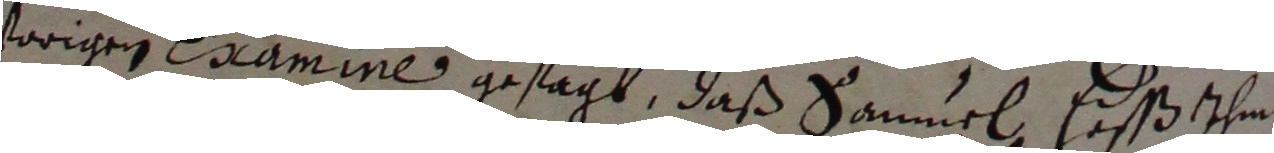
vorigen eamine gesagt, daß Sammel Hesß theit